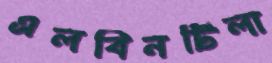
এলবিনটিলা